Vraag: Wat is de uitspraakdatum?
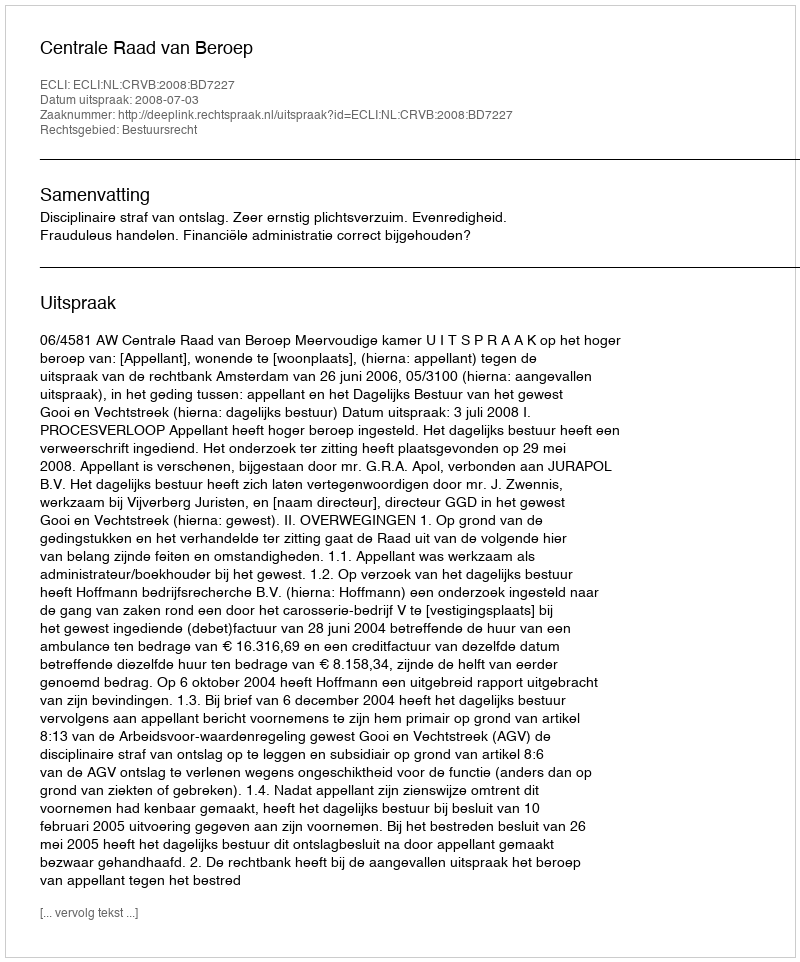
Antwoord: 2008-07-03